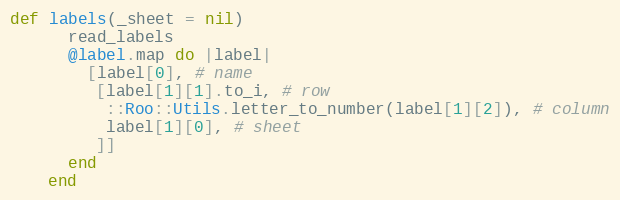
Language: Ruby
def labels(_sheet = nil)
      read_labels
      @label.map do |label|
        [label[0], # name
         [label[1][1].to_i, # row
          ::Roo::Utils.letter_to_number(label[1][2]), # column
          label[1][0], # sheet
         ]]
      end
    end